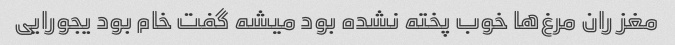
مغز ران مرغ‌ها خوب پخته نشده بود میشه گفت خام بود یجورایی